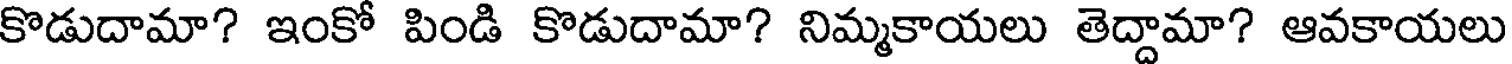
కొడుదామా? ఇంకో పిండి కొడుదామా? నిమ్మకాయలు తెద్దామా? ఆవకాయలు